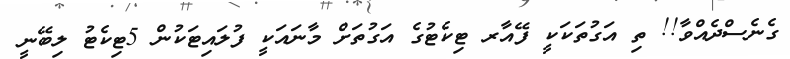
ގެނެސްދެއްވާ!! ތި އަގުތަކަކީ ފޭއާރ ޓިކެޓުގެ އަގުތަށް މާނައަކީ ފުލައިޓަކުން 5ޓިކެޓު ލިބޭނީ